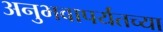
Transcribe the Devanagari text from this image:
अनुभवापर्यंतच्या